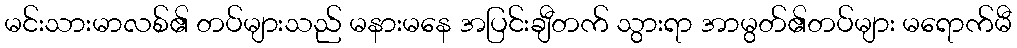
မင်းသားမာလစ်၏ တပ်များသည် မနားမနေ အပြင်းချီတက် သွားရာ အာမွတ်၏တပ်များ မရောက်မီ